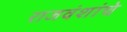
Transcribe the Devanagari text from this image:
राजवंशांचे